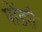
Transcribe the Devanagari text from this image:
पोंडरी